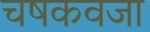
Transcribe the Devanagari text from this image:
चषकवजा